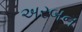
અરબન